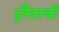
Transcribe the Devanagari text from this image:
द्रनैवाची